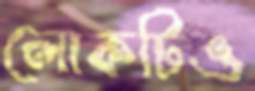
লোকটিও